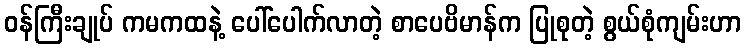
ဝန်ကြီးချုပ် ကမကထနဲ့ ပေါ်ပေါက်လာတဲ့ စာပေဗိမာန်က ပြုစုတဲ့ စွယ်စုံကျမ်းဟာ